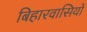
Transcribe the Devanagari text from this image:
बिहारवासियों